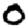
Digit: 0